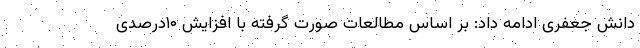
دانش جعفری ادامه داد: بر اساس مطالعات صورت گرفته با افزایش ۱۰درصدی